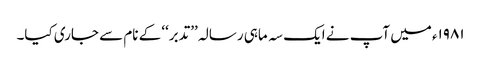
۱۹۸۱ء میں آپ نے ایک سہ ماہی رسالہ ’’تدبر‘‘ کے نام سے جاری کیا۔